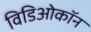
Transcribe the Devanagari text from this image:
विडिओकॉन